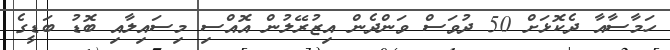
ހަމާސާއާ ދެކޮޅަށް 50 ދުވަސް ވަންދެން އިޒުރޭލުން އޮއްސި މިސައިލާއި ބޮޑު ބަޑީގެ